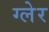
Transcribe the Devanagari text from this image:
ग्लेर